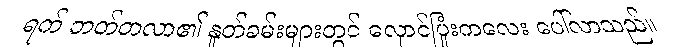
ရက် ဘတ်တလာ၏ နှုတ်ခမ်းများတွင် လှောင်ပြုံးကလေး ပေါ်လာသည်။